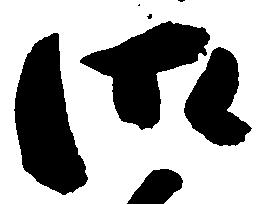
御